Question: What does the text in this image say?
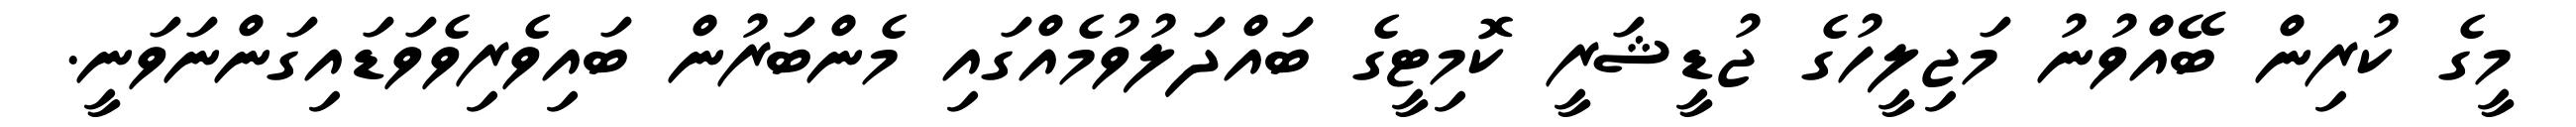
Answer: މީގެ ކުރިން ބޭއްވުނު މަޖިލީހުގެ ޖުޑީޝަރީ ކޮމިޓީގެ ބައްދަލުވުމެއްގައި މެންބަރުން ބައިވެރިވެވަޑައިގަންނަވަނީ.